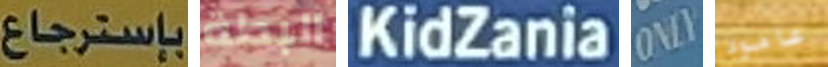
بإسترجاع البطة KidZania ONLY عامود